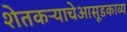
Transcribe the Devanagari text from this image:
शेतकऱ्याचेआसूडकाव्य